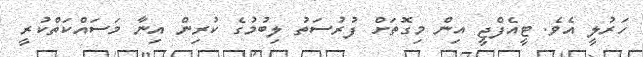
ހަރުލީ އެވެ. ޓީއެފްޖީ އިން މިގޮތަށް ފުރުސަތު ލިބުމުގެ ކުރިން އިނާ މަސައްކަތްކުރީ